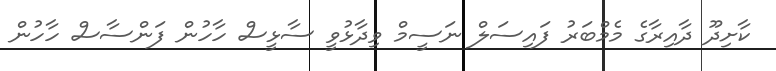
ކާށިދޫ ދާއިރާގެ މެމްބަރު ފައިސަލް ނަސީމް ވިދާޅުވީ ސާޅީސް ހާހުން ފަންސާސް ހާހުން